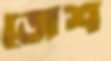
জেশ